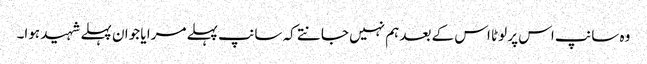
وہ سانپ اس پر لوٹا اس کے بعد ہم نہیں جانتے کہ سانپ پہلے مرا یا جوان پہلے شہید ہوا۔